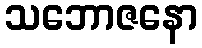
သဘောဇနော